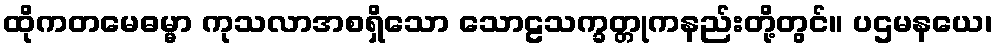
ထိုကတမေဓမ္မာ ကုသလာအစရှိသော သောဠသက္ခတ္တုကနည်းတို့တွင်။ ပဌမနယေ၊